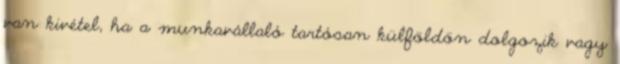
van kivétel, ha a munkavállaló tartósan külföldön dolgozik vagy